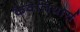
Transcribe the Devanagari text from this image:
कैवेलियार्स